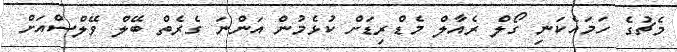
މެޗުގެ ހަމައެކަނި ގޯލް ރެއާލް މެޑްރިޑަށް ކުޅެމުން އަންނަ ގެރެތް ބޭލް ވޭލްސްއަށް